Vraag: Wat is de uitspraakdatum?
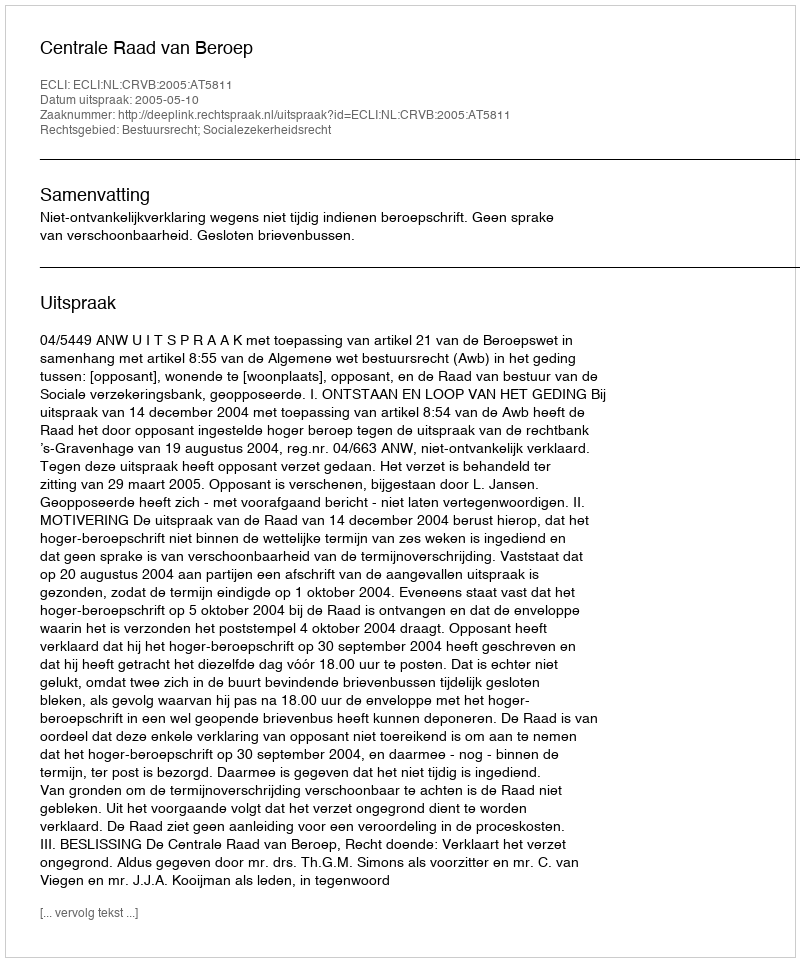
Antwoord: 2005-05-10